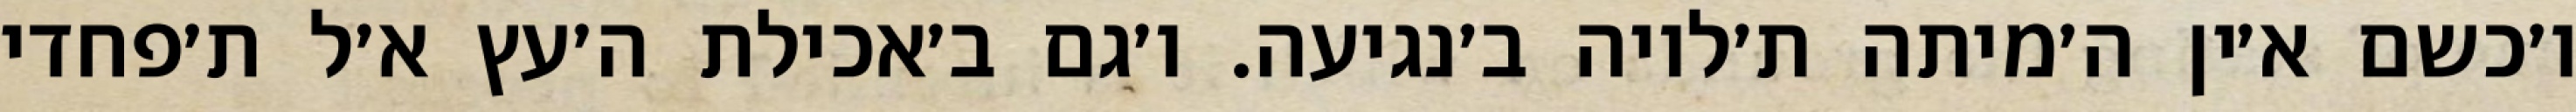
ו׳כשם א׳ין ה׳מיתה ת׳לויה ב׳נגיעה. ו׳גם ב׳אכילת ה׳עץ א׳ל ת׳פחדי